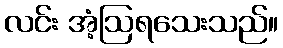
လင်း အံ့ဩရသေးသည်။